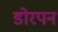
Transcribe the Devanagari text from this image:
डोरपन